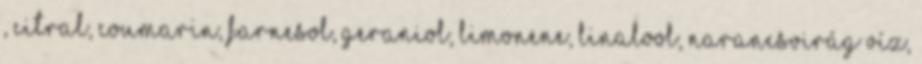
, Citral, Coumarin, Farnesol, Geraniol, Limonene, Linalool, Narancsvirág víz,